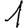
Digit: 1